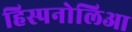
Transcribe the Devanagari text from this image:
हिस्पनोलिआ